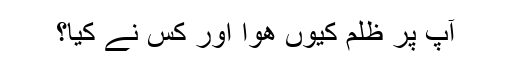
آپ پر ظلم کیوں ھوا اور کس نے کیا؟